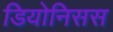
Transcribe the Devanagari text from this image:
डियोनिसस